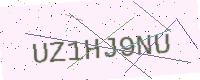
Text: UZ1HJ9NU